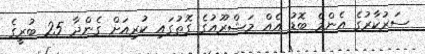
ސަރުކާރުގެ އެންމެ ބޮޑު އެއް މަޝްރޫއުގެ ގޮތުގައި ކުރިއަށް ގެންދާ 25 ބުރީގެ